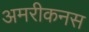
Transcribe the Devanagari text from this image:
अमरीकनस